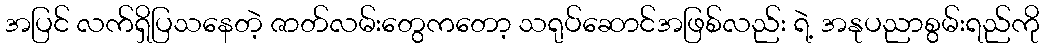
အပြင် လက်ရှိပြသနေတဲ့ ဇာတ်လမ်းတွေကတော့ သရုပ်ဆောင်အဖြစ်လည်း ရဲ့ အနုပညာစွမ်းရည်ကို